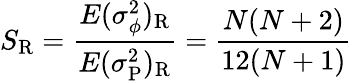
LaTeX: S_{\mathrm R}={\frac{E(\sigma_{\phi}^{2})_{\mathrm R}}{E(\sigma_{\mathrm P}^{2})_{\mathrm R}}}={\frac{N(N+2)}{12(N+1)}}